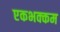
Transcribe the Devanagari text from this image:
एकभक्कम